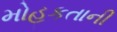
મોહકતાની